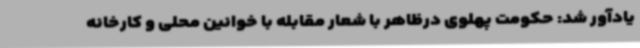
یادآور شد: حکومت پهلوی درظاهر با شعار مقابله با خوانین محلی و کارخانه